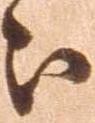
被